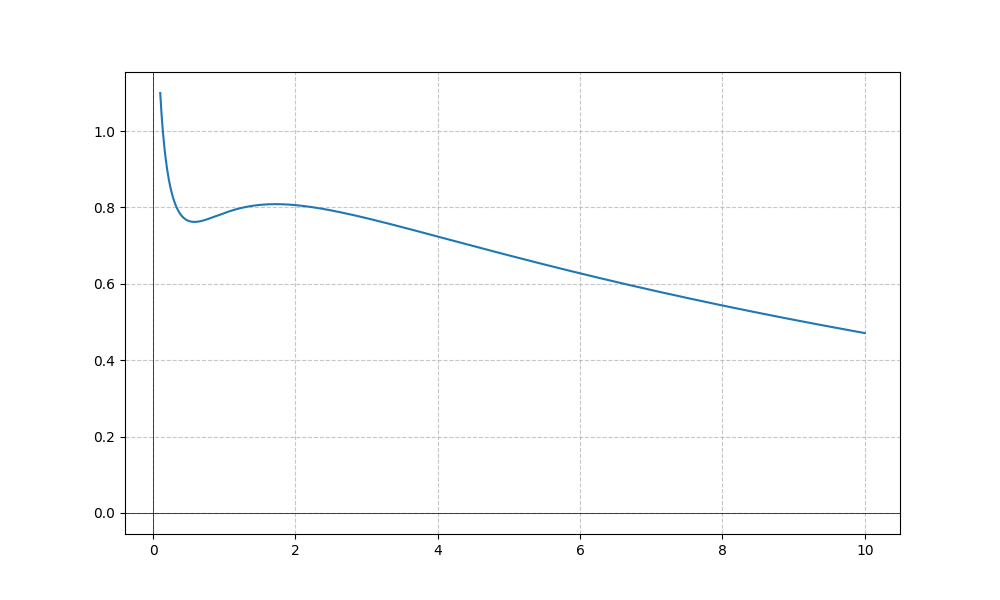
LaTeX formula: - \frac{\log{\left(x \right)}}{\log{\left(10 \right)}} + \operatorname{atan}{\left(x \right)}